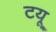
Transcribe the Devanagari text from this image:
टयू